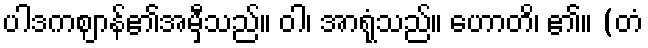
ပါဒကဈာန်၏အမှီသည်။ ဝါ၊ အာရုံသည်။ ဟောတိ၊ ၏။ (တံ